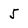
Character: 5